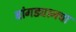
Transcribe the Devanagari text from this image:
बांगड्यानचा